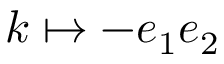
k \mapsto - e _ { 1 } e _ { 2 }